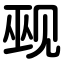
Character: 觋